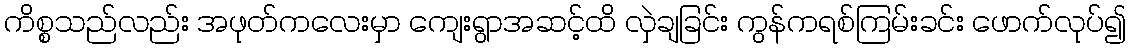
ကိစ္စသည်လည်း အဖုတ်ကလေးမှာ ကျေးရွာအဆင့်ထိ လှဲချခြင်း ကွန်ကရစ်ကြမ်းခင်း ဖောက်လုပ်၍